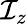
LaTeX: \mathcal{I}_{z}